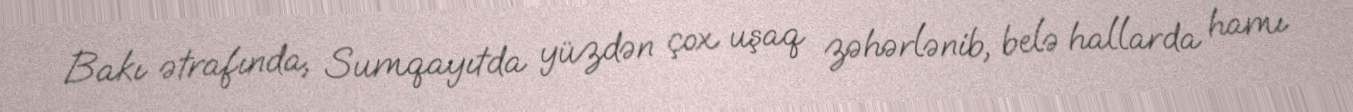
Bakı ətrafında, Sumqayıtda yüzdən çox uşaq zəhərlənib, belə hallarda hamı